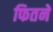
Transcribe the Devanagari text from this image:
फितने